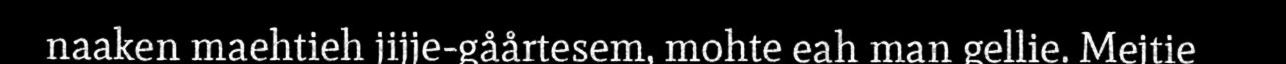
naaken maehtieh jijje-gåårtesem, mohte eah man gellie. Mejtie